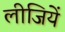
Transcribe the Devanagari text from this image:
लीजियें